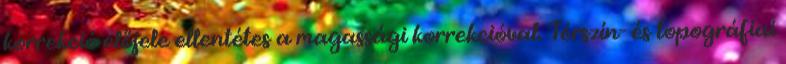
korrekció előjele ellentétes a magassági korrekcióval. Térszín- és topográfiai